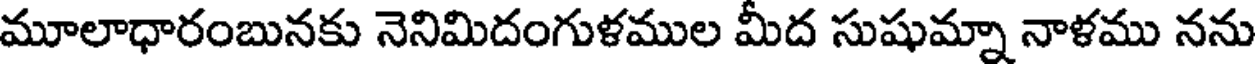
మూలాధారంబునకు నెనిమిదంగుళముల మీద సుషుమ్నా నాళము నను